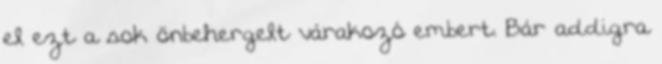
el ezt a sok önbehergelt várakozó embert. Bár addigra